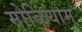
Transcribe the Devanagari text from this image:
मोऴियाम्